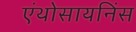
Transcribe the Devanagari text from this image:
एंथोसायनिंस